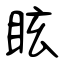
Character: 眩